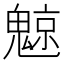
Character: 𲌮